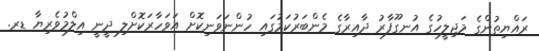
ރައްޔިތުންގެ މަޖިލީހުގެ އުނގޫފާރު ދާއިރާގެ މެންބަރުކަމުގައި ހުންނަވަނިކޮށް އަވަހާރަކޮށްލި ދީނީ އިލްމުވެރިޔާ ޑރ.